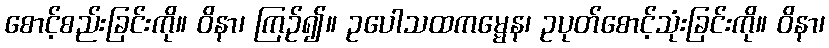
စောင့်စည်းခြင်းကို။ ဝိနာ၊ ကြဉ်၍။ ဥပေါသထကမ္မေန၊ ဥပုတ်စောင့်သုံးခြင်းကို။ ဝိနာ၊